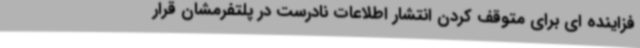
فزاینده ای برای متوقف کردن انتشار اطلاعات نادرست در پلتفرمشان قرار